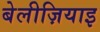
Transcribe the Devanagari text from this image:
बेलीज़ियाइ